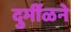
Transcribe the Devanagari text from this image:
दुर्मीळने